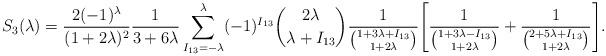
LaTeX: \begin{align*}S_{3}(\lambda) = \frac{2(-1)^\lambda}{(1+2\lambda)^2}\frac{1}{3+6\lambda} \sum\limits_{I_{13}=-\lambda}^\lambda (-1)^{I_{13}} \binom{2\lambda}{\lambda+I_{13}} \frac{1}{\binom{1+3\lambda+I_{13}}{1+2\lambda}}\Biggl[\frac{1}{\binom{1+3\lambda-I_{13}}{1+2\lambda}} + \frac{1}{\binom{2+5\lambda+I_{13}}{1+2\lambda}}\Biggr].\end{align*}